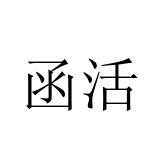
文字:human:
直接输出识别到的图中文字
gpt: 函活